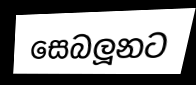
සෙබලූනට